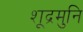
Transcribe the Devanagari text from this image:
शूद्रमुनि